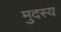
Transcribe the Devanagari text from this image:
मुदस्य